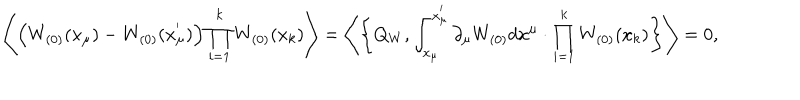
\left\langle \left( W _ { ( 0 ) } ( x _ { \mu } ) - W _ { ( 0 ) } ( x _ { \mu } ^ { ' } ) \right) \prod _ { i = 1 } ^ { k } W _ { ( 0 ) } ( x _ { k } ) \right\rangle = \left\langle \left\{ Q _ { W } , \int _ { x _ { \mu } } ^ { x _ { \mu } ^ { ' } } \partial _ { \mu } W _ { ( 0 ) } d x ^ { \mu } \cdot \prod _ { i = 1 } ^ { k } W _ { ( 0 ) } ( x _ { k } ) \right\} \right\rangle = 0 ,